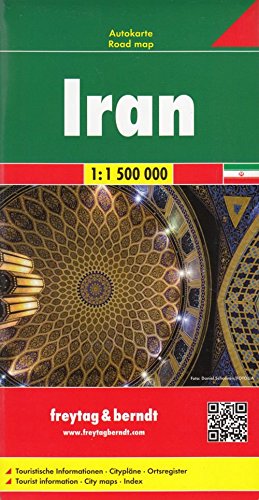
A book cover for Iran (English, Spanish, French, Italian and German Edition); Freytag & Berndt; Travel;